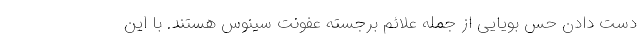
دست دادن حس بویایی از جمله علائم برجسته عفونت سینوس هستند. با این